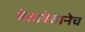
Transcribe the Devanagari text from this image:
बेताबेतानेच